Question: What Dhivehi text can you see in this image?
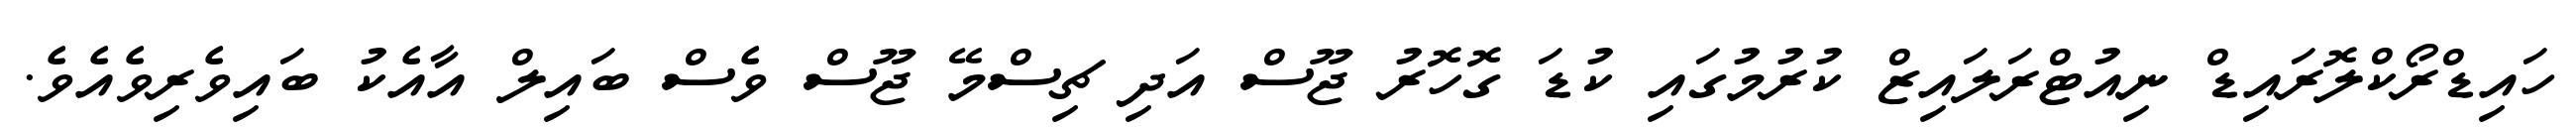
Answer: ހައިޑްރޯކްލޮރައިޑް ނިއުޓްރަލައިޒް ކުރުމުގައި ކުޑަ ގޮހޮރު ޖޫސް އަދި ޗިސްމޭ ޖޫސް ވެސް ބައިލް އާއެކު ބައިވެރިވެއެވެ.